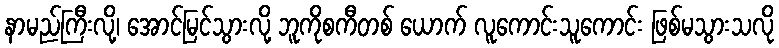
နာမည်ကြီးလို့၊ အောင်မြင်သွားလို့ ဘူကိုစကီတစ် ယောက် လူကောင်းသူကောင်း ဖြစ်မသွားသလို